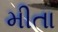
મીતા